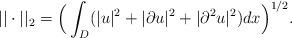
LaTeX: \begin{align*}||\cdot||_2=\Big(\int_D(|u|^2+|\partial u|^2+|\partial^2u|^2)dx\Big)^{1/2}.\end{align*}